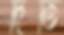
দিতি